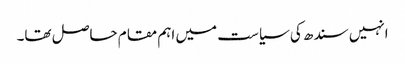
انہیں سندھ کی سیاست میں اہم مقام حاصل تھا۔